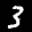
Label: 3